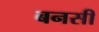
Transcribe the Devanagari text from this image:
बनसी